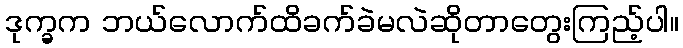
ဒုက္ခက ဘယ်လောက်ထိခက်ခဲမလဲဆိုတာတွေးကြည့်ပါ။